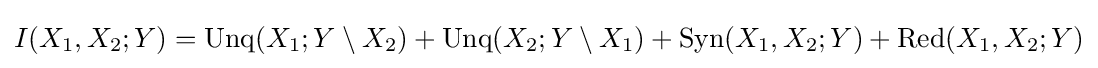
I(X_{1},X_{2};Y)={\text{Unq}}(X_{1};Y\setminus X_{2})+{\text{Unq}}(X_{2};Y\setminus X_{1})+{\text{Syn}}(X_{1},X_{2};Y)+{\text{Red}}(X_{1},X_{2};Y)